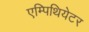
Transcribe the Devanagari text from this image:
एम्पिथियेटर